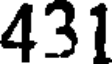
431